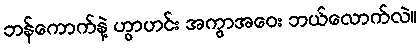
ဘန်ကောက်နဲ့ ဟွာဟင်း အကွာအဝေး ဘယ်လောက်လဲ။